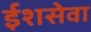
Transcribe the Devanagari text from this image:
ईशसेवा